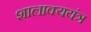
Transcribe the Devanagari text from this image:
शालाक्ययंत्र